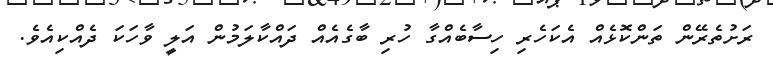
ރަށުތެރޭން ތަންކޮޅެއް އެކަހެރި ހިސާބެއްގާ ހުރި ބާގެއެއް ދައްކާލަމުން އަލީ ވާހަކަ ދެއްކިއެވެ.